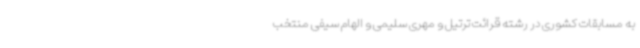
به مسابقات کشوری در رشته قرائت ترتیل و مهری سلیمی و الهام سیفی منتخب